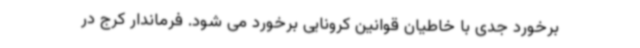
برخورد جدی با خاطیان قوانین کرونایی برخورد می شود. فرماندار کرج در